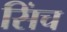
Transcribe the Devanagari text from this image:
सिंच